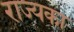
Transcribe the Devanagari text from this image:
राज्यका